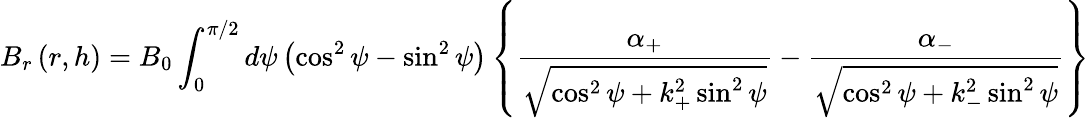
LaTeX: B_{r}\left(r,h\right)=B_{0}\int_{0}^{\pi/2}d\psi\left(\cos^{2}\psi-\sin^{2}\psi\right)\left\{ \frac{\alpha_{+}}{\sqrt{\cos^{2}\psi+k_{+}^{2}\sin^{2}\psi}}-\frac{\alpha_{-}}{\sqrt{\cos^{2}\psi+k_{-}^{2}\sin^{2}\psi}}\right\}